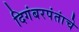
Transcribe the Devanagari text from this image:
दिगंबरपंतांचे